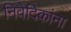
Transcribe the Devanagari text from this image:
निवेदिकांना